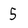
Character: 5